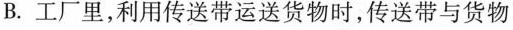
B.工厂里，利用传送带运送货物时，传送带与货物